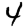
Digit: 4